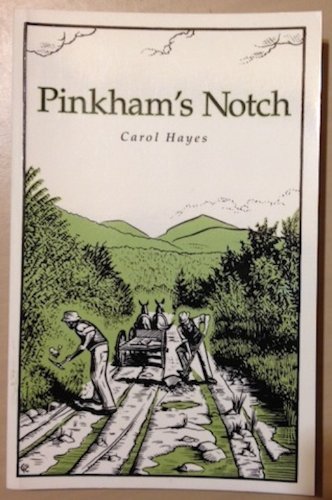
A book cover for Pinkham's Notch; Carol Hayes; Travel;